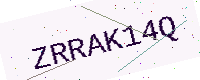
Text: ZRRAK14Q